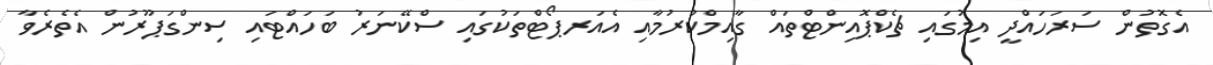
އެގޮތުން ސަރަހައްދީ އިމުގައި ޗެކްޕޮއިންޓްތައް ގާއިމްކުރުމާއި އެއަރޕޯޓްތަކުގައި ސްކޭނަރު ބަހައްޓައި ސިންގަޕޫރުން އެތެރެވާ